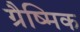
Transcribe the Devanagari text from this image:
ग्रैष्मिक